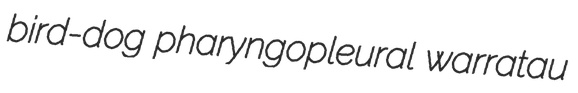
bird-dog pharyngopleural warratau